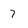
Character: 7